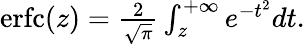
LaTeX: \begin{array}{r}{\operatorname{erfc}(z)=\frac{2}{\sqrt{\pi}}\int_{z}^{+\infty}e^{-t^{2}}dt.}\end{array}